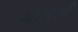
મારવાડની